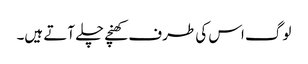
لوگ اس کی طرف کھنچے چلے آتے ہیں۔